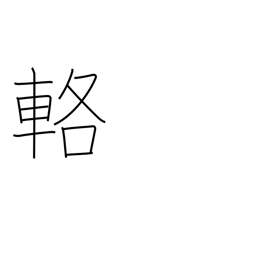
Meaning: carriage